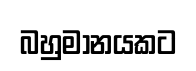
බහුමානයකට